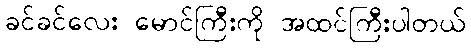
ခင်ခင်လေး မောင်ကြီးကို အထင်ကြီးပါတယ်